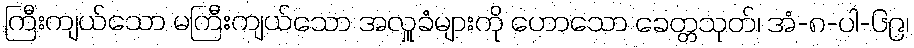
ကြီးကျယ်သော မကြီးကျယ်သော အလှူခံများကို ဟောသော ခေတ္တသုတ်၊ အံ-၈-ပါ-၆၉၊